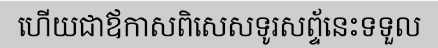
ហើយជាឪកាសពិសេសទូរសព្ទ័នេះទទួល